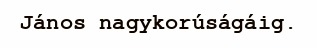
János nagykorúságáig.